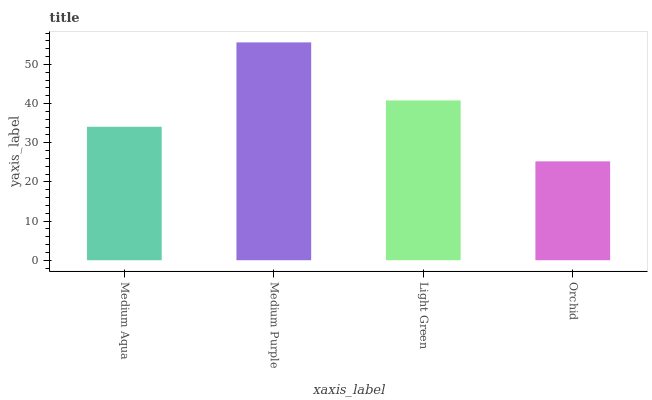
| xaxis_label | bars |
 | --- | --- |
 | Medium Aqua | 34.1 |
 | Medium Purple | 55.6 |
 | Light Green | 40.8 |
 | Orchid | 25.2 |